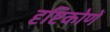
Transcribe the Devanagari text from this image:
दृष्टिकोणें